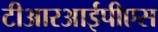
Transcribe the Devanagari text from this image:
टीआरआईपीएस